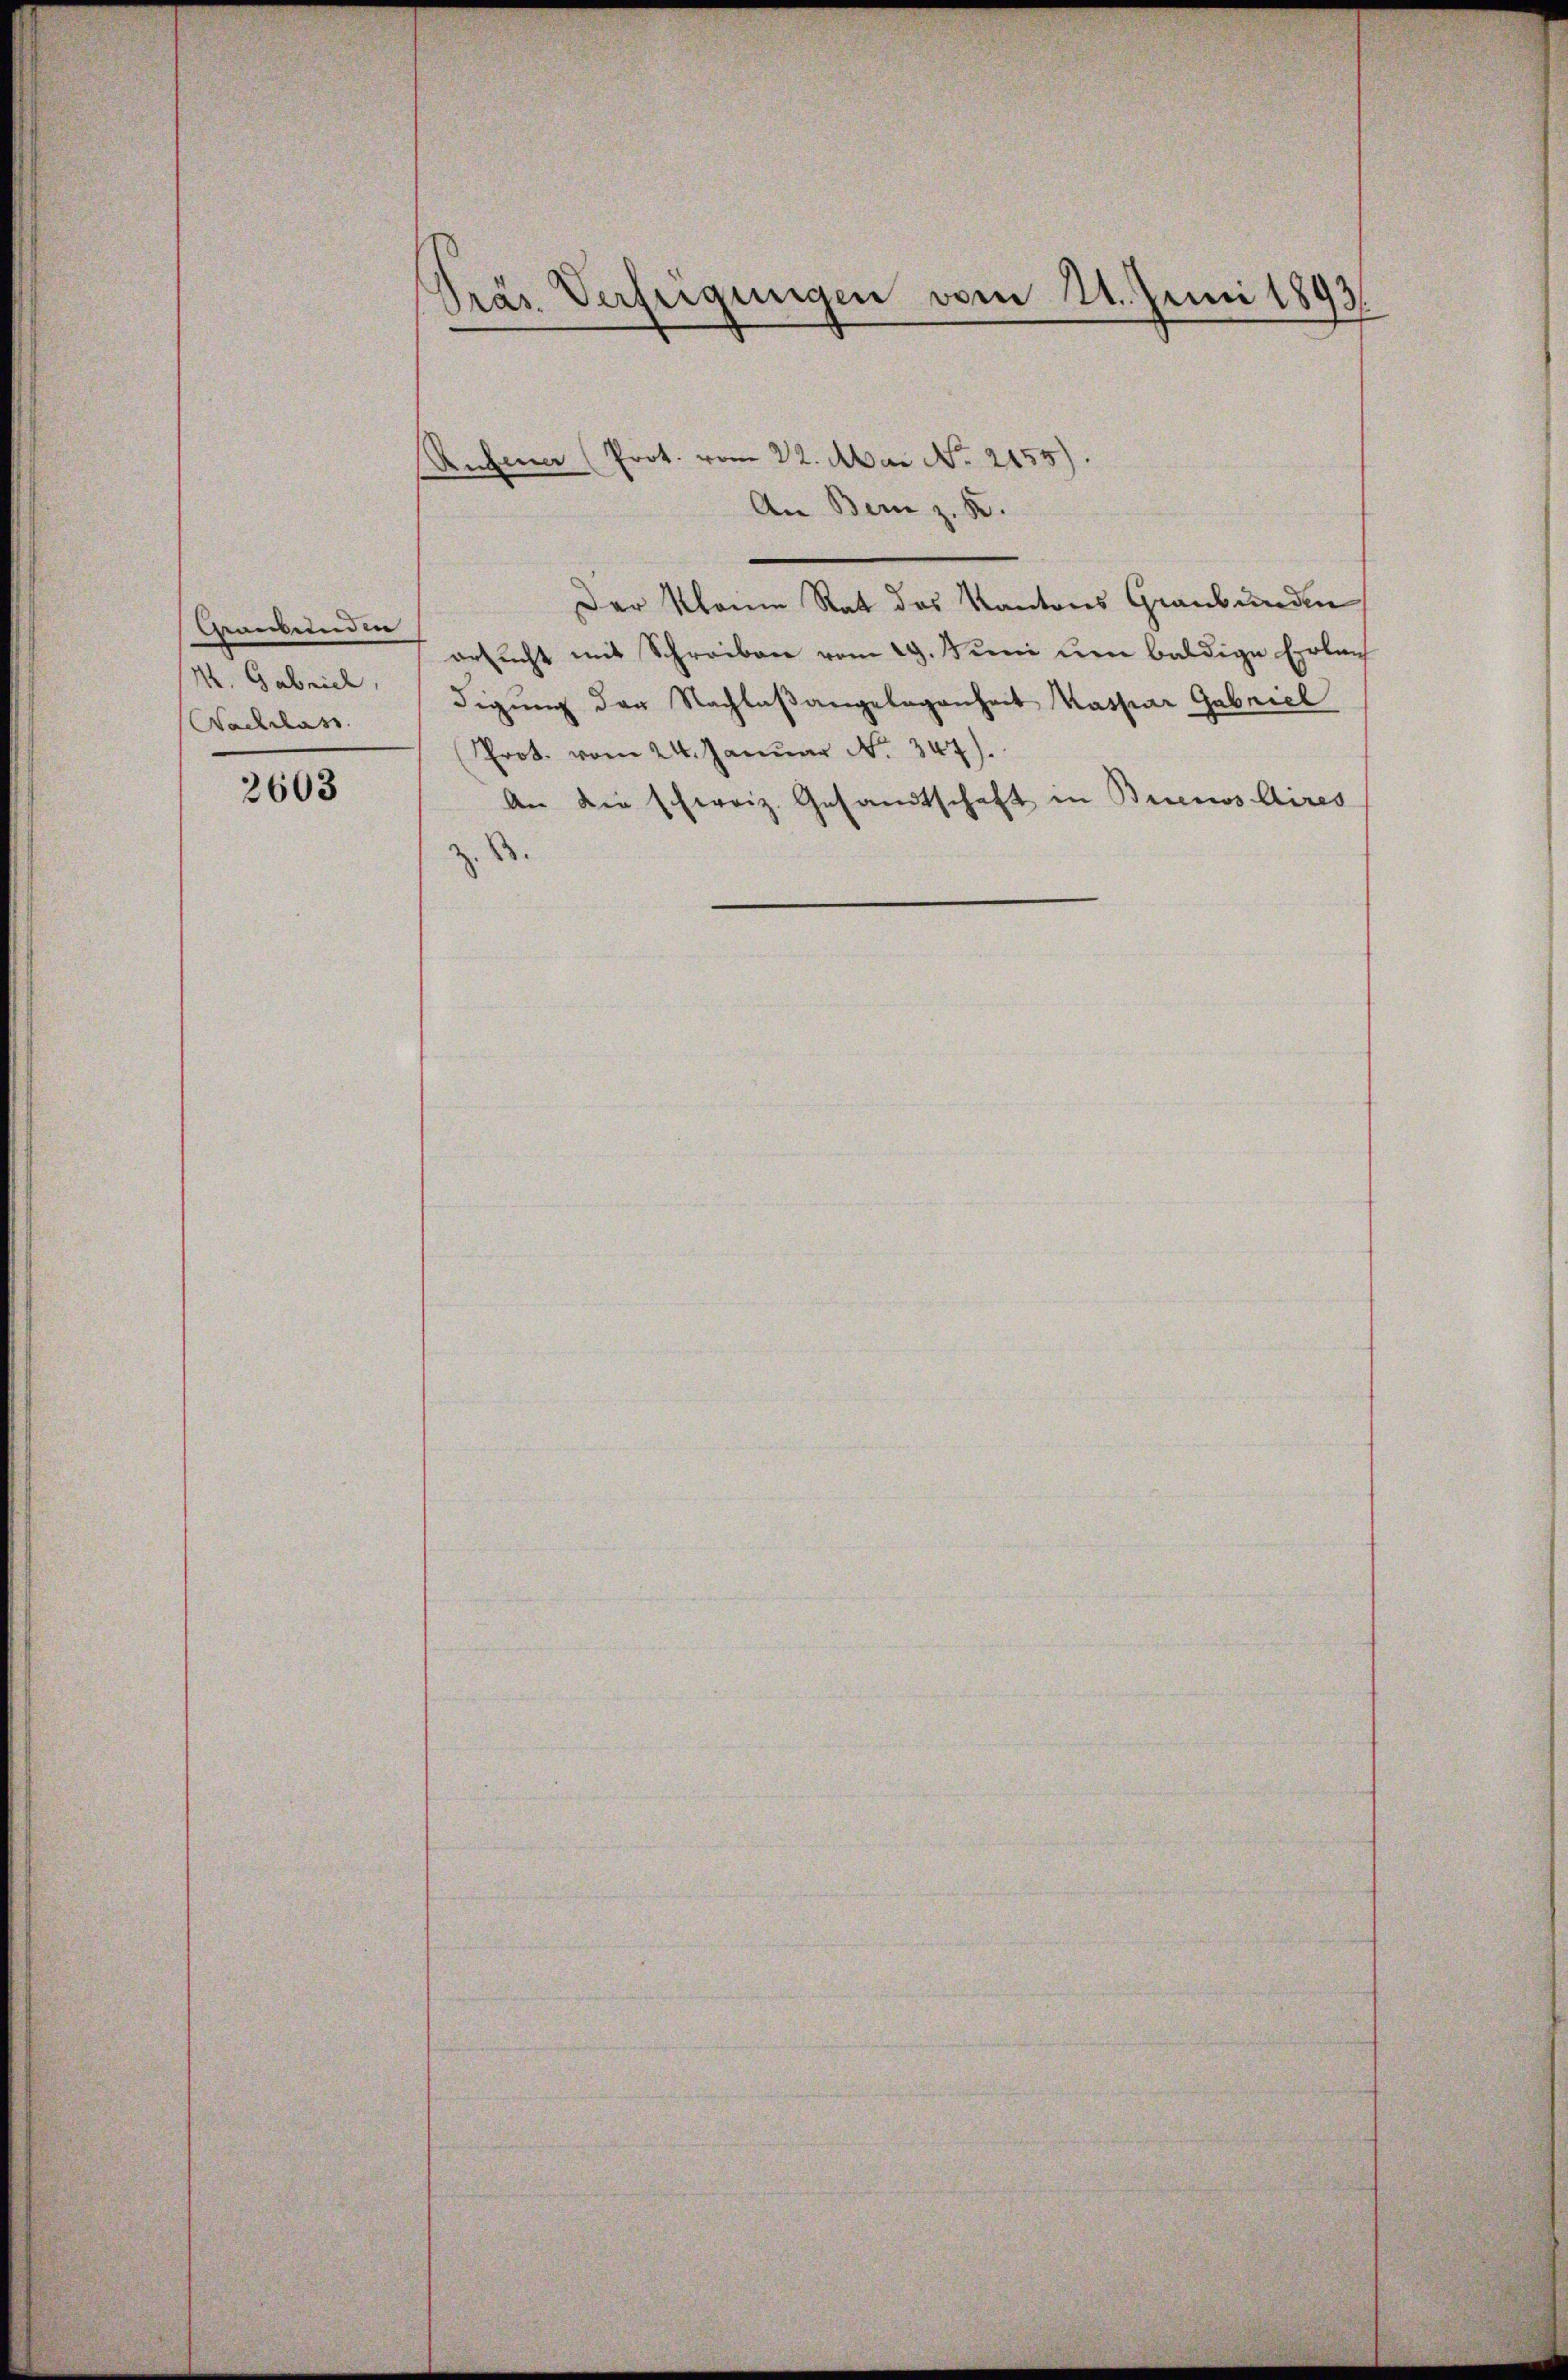
Germunden
M. Gabriel
Nachlass

2603

Präs. Verfügungen vom 21. Juni 1893

Anbina (Prot. vom 22. Mai No 2155).
An Bern z. B.
Der Kleine Rat des Kantons Graubünden
ersŭcht mit Schreiben vom 29. Juni den baldige Erlan
digung der Nachlaßangelegenheit Kassiar Gabricl
Prot. vom 24. Januar No. 347).
An die schweiz. Gesandtschaft in Buenos Aires
z. B.